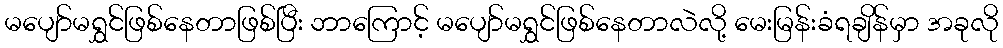
မပျော်မရွှင်ဖြစ်နေတာဖြစ်ပြီး ဘာကြောင့် မပျော်မရွှင်ဖြစ်နေတာလဲလို့ မေးမြန်းခံရချိန်မှာ အခုလို